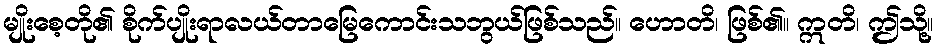
မျိုးစေ့တို၏ စိုက်ပျိုးရာလယ်တာမြေကောင်းသဘွယ်ဖြစ်သည်။ ဟောတိ၊ ဖြစ်၏။ ဣတိ၊ ဤသို့။